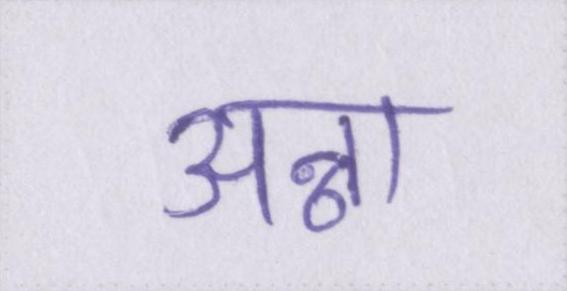
अन्ना